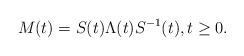
LaTeX: \begin{align*}M(t) = S(t)\Lambda(t)S^{-1}(t), t \geq 0.\end{align*}